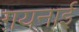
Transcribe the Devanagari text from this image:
ग़यनाई